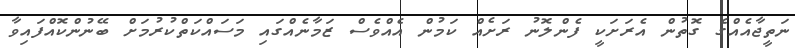
ނަތީޖާއެއްގެ ގޮތުން އެރަށަކީ ފެންލޮނު ރަށެއް ކަމުން އެއްވެސް ޒަމާނެއްގައި މަސައްކަތްކުރުމަށް ބޭނުންކޮއްފައިވާ